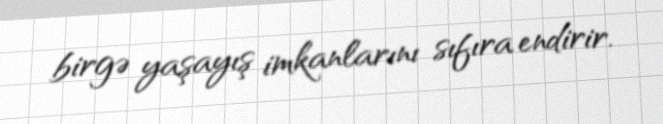
birgə yaşayış imkanlarını sıfıra endirir.